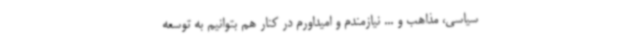
سیاسی، مذاهب و ... نیازمندم و امیداورم در کنار هم بتوانیم به توسعه